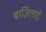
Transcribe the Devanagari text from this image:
बार्ज़िलाई